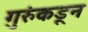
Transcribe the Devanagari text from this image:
गुरुंकडून